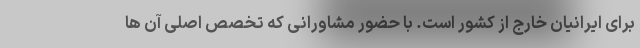
برای ایرانیان خارج از کشور است. با حضور مشاورانی که تخصص اصلی آن ها